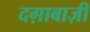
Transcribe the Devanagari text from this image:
दग़ाबाज़ी